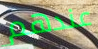
عندهم